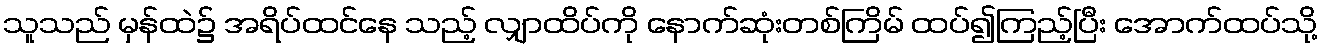
သူသည် မှန်ထဲ၌ အရိပ်ထင်နေ သည့် လျှာထိပ်ကို နောက်ဆုံးတစ်ကြိမ် ထပ်၍ကြည့်ပြီး အောက်ထပ်သို့